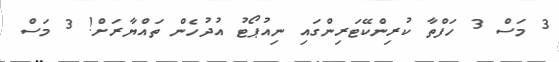
3 މަސް 3 ހަފްތާ ކުރިންކޭޓަރިންގައި ނިއުޕޯޓު އުދުހެން ތައްޔާރަށް! 3 މަސް